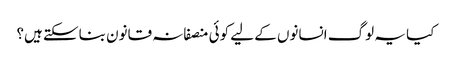
کیا یہ لوگ انسانوں کے لیے کوئی منصفانہ قانون بناسکتے ہیں؟